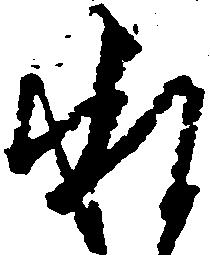
承